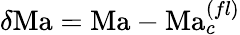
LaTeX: \delta\mathrm{Ma}=\mathrm{Ma}-\mathrm{Ma}_{c}^{(fl)}